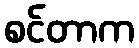
စင်တာက